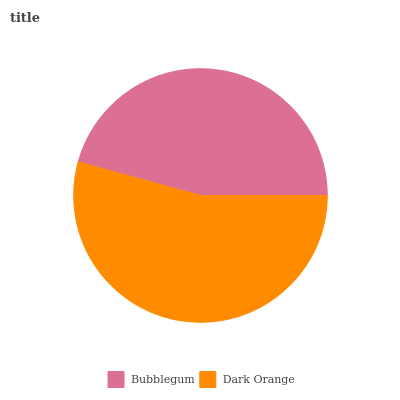
| Bubblegum | Dark Orange |
 | --- | --- |
 | 45.7% | 54.3% |